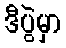
ဒီပွဲမှာ